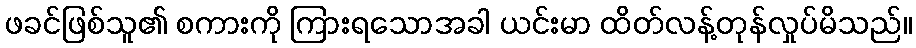
ဖခင်ဖြစ်သူ၏ စကားကို ကြားရသောအခါ ယင်းမာ ထိတ်လန့်တုန်လှုပ်မိသည်။